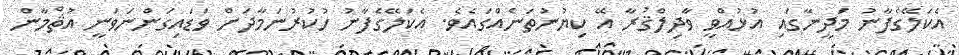
އެކަލޭގެފާނު މަދީނާގައި އުޅުއްވީ ވާދިލްޤުރާ އޭ ކިޔުނުތަނެއްގައެވެ. އެކަލޭގެފާނު ހުކުރުނަމާދަށް ވަޑައިގަންނަވަނީ އުޘްމާން